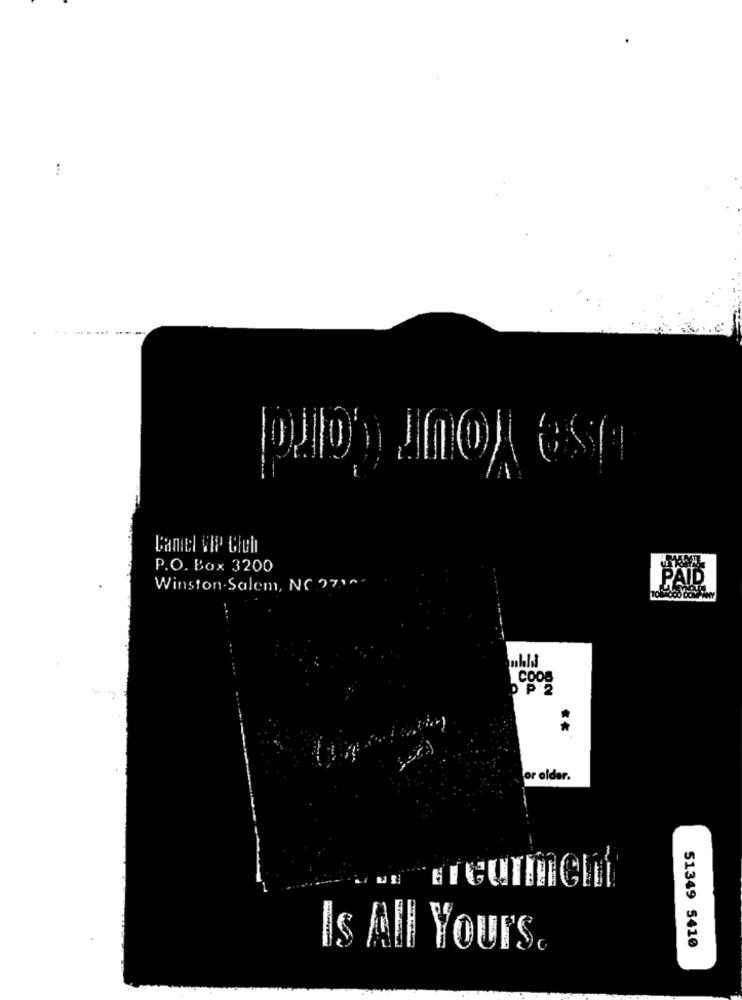
...
=
P.O. Box 3200
Winston-Salem, NC 37 ...
COOS
PP2
**
or older.
Is All Yours.
51349 5410